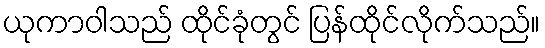
ယုကာဝါသည် ထိုင်ခုံတွင် ပြန်ထိုင်လိုက်သည်။